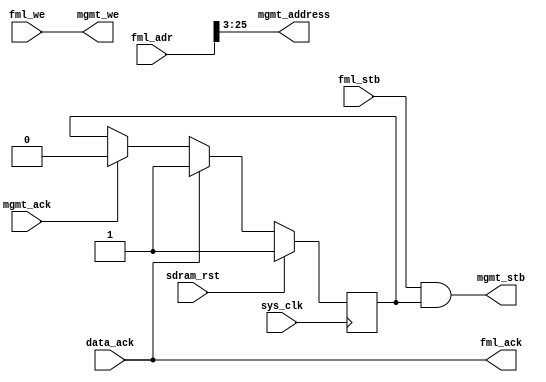
module hpdmc_busif #(
	parameter sdram_depth = 26
) (
	input sys_clk,
	input sdram_rst,
	
	input [sdram_depth-1:0] fml_adr,
	input fml_stb,
	input fml_we,
	output fml_ack,
	
	output mgmt_stb,
	output mgmt_we,
	output [sdram_depth-3-1:0] mgmt_address, /* in 64-bit words */
	input mgmt_ack,
	
	input data_ack
);

reg mgmt_stb_en;

assign mgmt_stb = fml_stb & mgmt_stb_en;
assign mgmt_we = fml_we;
assign mgmt_address = fml_adr[sdram_depth-1:3];

assign fml_ack = data_ack;

always @(posedge sys_clk) begin
	if(sdram_rst)
		mgmt_stb_en = 1'b1;
	else begin
		if(mgmt_ack)
			mgmt_stb_en = 1'b0;
		if(data_ack)
			mgmt_stb_en = 1'b1;
	end
end

endmodule